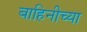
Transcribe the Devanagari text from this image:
बाहिनीच्या